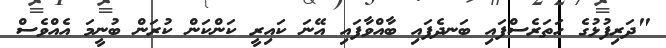
"ދަރިފުޅުގެ ހަތަރެސްފައި ބަނދެފައި ބާއްވާފައި އޭނަ ކައިރީ ކަންކަން ކުރަން ބުނީމަ އެއްވެސް